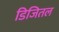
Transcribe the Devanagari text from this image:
डिजितल